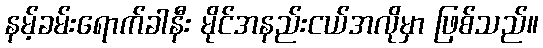
နမ့်ခမ်းရောက်ခါနီး မိုင်အနည်းငယ်အလိုမှာ ဖြစ်သည်။